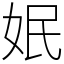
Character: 姄